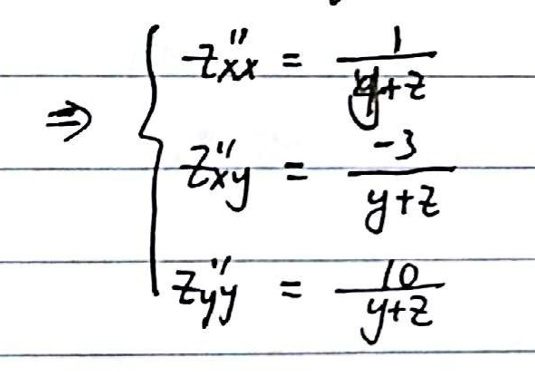
\Rightarrow \left\{
\begin{array}{l}
z_{xx} = \frac{1}{y + 2}\\
z_{xy} = \frac{-3}{y + 2}\\
z_{yy} = \frac{10}{y + 2}
\end{array}
\right.